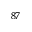
^ { 8 7 }